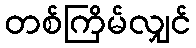
တစ်ကြိမ်လျှင်